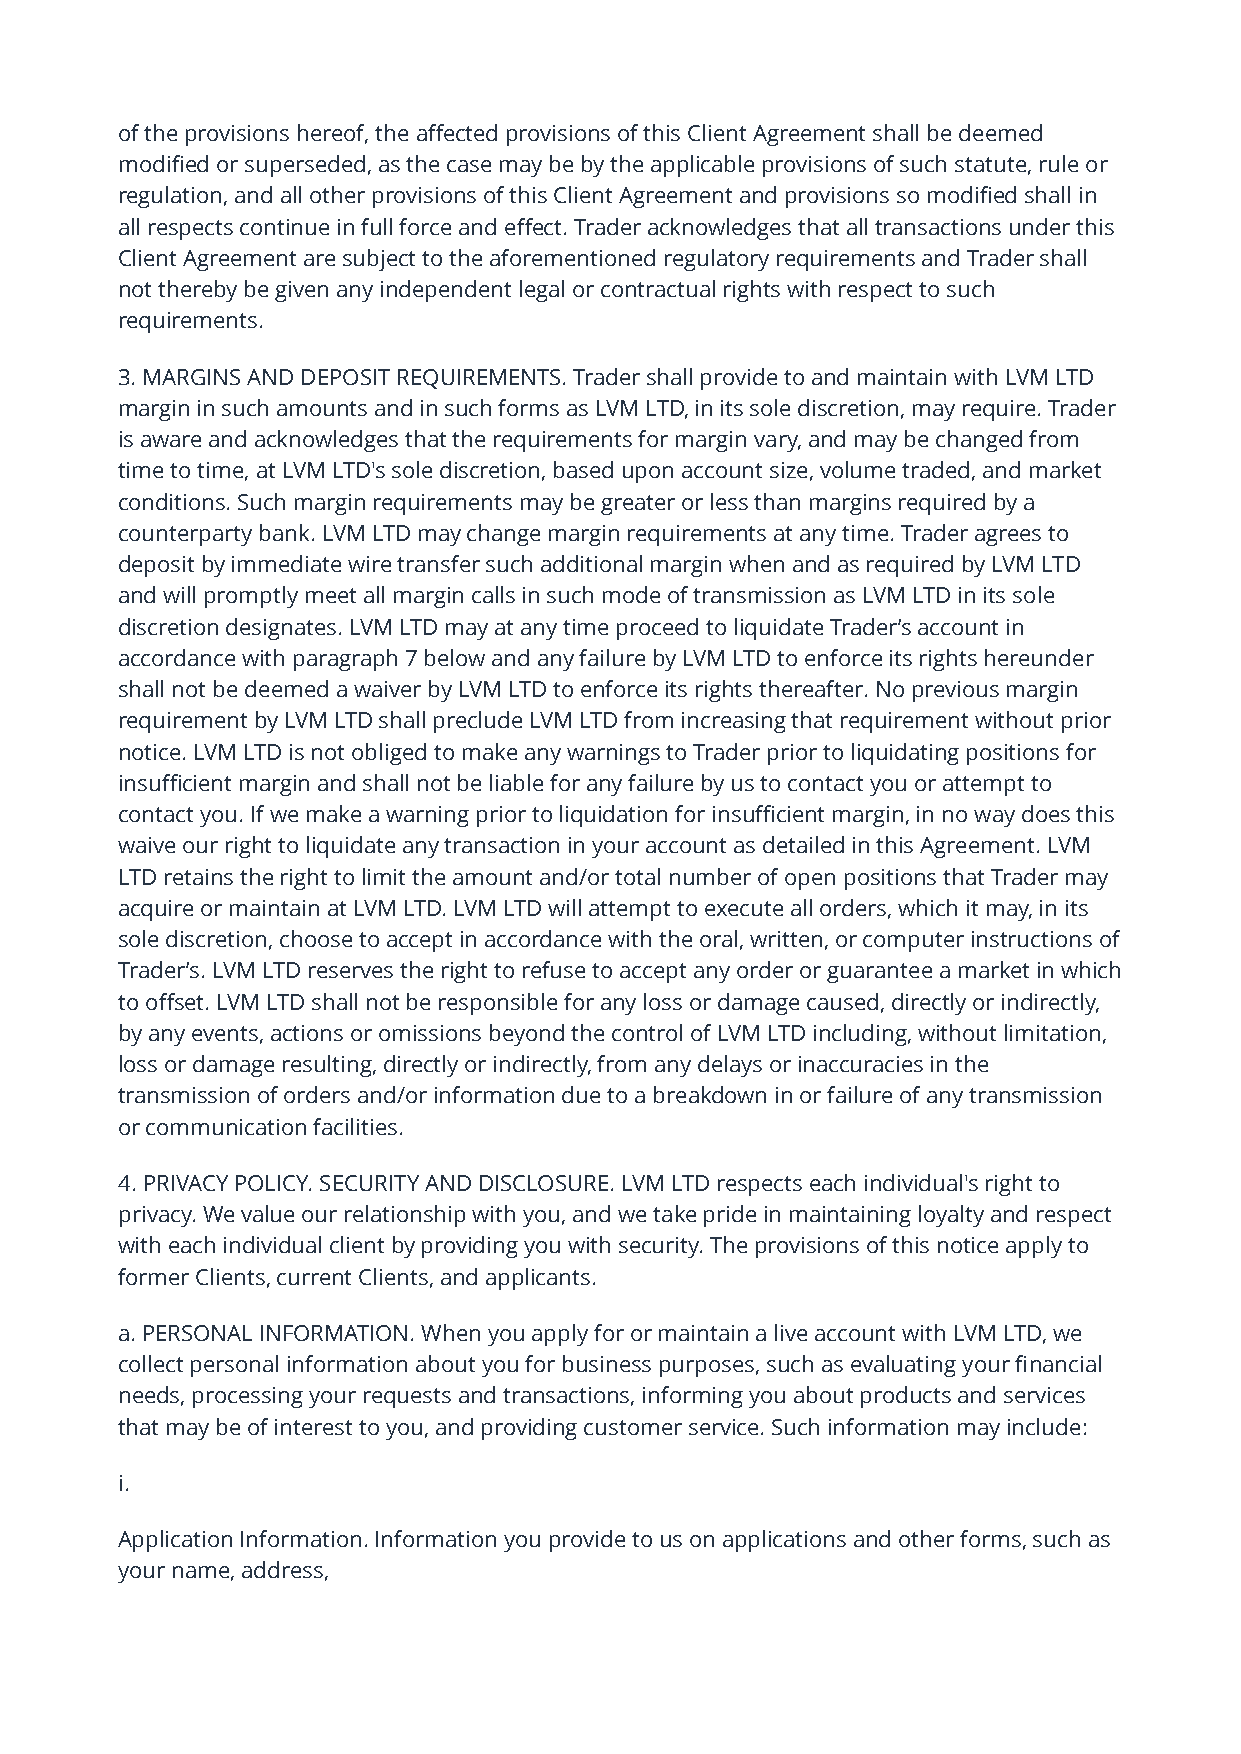
of the provisions hereof, the affected provisions of this Client Agreement shall be deemed
 modified or superseded, as the case may be by the applicable provisions of such statute, rule or
 regulation, and all other provisions of this Client Agreement and provisions so modified shall in
 all respects continue in full force and effect. Trader acknowledges that all transactions under this
 Client Agreement are subject to the aforementioned regulatory requirements and Trader shall
 not thereby be given any independent legal or contractual rights with respect to such
 requirements.
 3. MARGINS AND DEPOSIT REQUIREMENTS. Trader shall provide to and maintain with LVM LTD
 margin in such amounts and in such forms as LVM LTD, in its sole discretion, may require. Trader
 is aware and acknowledges that the requirements for margin vary, and may be changed from
 time to time, at LVM LTD's sole discretion, based upon account size, volume traded, and market
 conditions. Such margin requirements may be greater or less than margins required by a
 counterparty bank. LVM LTD may change margin requirements at any time. Trader agrees to
 deposit by immediate wire transfer such additional margin when and as required by LVM LTD
 and will promptly meet all margin calls in such mode of transmission as LVM LTD in its sole
 discretion designates. LVM LTD may at any time proceed to liquidate Trader’s account in
 accordance with paragraph 7 below and any failure by LVM LTD to enforce its rights hereunder
 shall not be deemed a waiver by LVM LTD to enforce its rights thereafter. No previous margin
 requirement by LVM LTD shall preclude LVM LTD from increasing that requirement without prior
 notice. LVM LTD is not obliged to make any warnings to Trader prior to liquidating positions for
 insufficient margin and shall not be liable for any failure by us to contact you or attempt to
 contact you. If we make a warning prior to liquidation for insufficient margin, in no way does this
 waive our right to liquidate any transaction in your account as detailed in this Agreement. LVM
 LTD retains the right to limit the amount and/or total number of open positions that Trader may
 acquire or maintain at LVM LTD. LVM LTD will attempt to execute all orders, which it may, in its
 sole discretion, choose to accept in accordance with the oral, written, or computer instructions of
 Trader’s. LVM LTD reserves the right to refuse to accept any order or guarantee a market in which
 to offset. LVM LTD shall not be responsible for any loss or damage caused, directly or indirectly,
 by any events, actions or omissions beyond the control of LVM LTD including, without limitation,
 loss or damage resulting, directly or indirectly, from any delays or inaccuracies in the
 transmission of orders and/or information due to a breakdown in or failure of any transmission
 or communication facilities.
 4. PRIVACY POLICY. SECURITY AND DISCLOSURE. LVM LTD respects each individual's right to
 privacy. We value our relationship with you, and we take pride in maintaining loyalty and respect
 with each individual client by providing you with security. The provisions of this notice apply to
 former Clients, current Clients, and applicants.
 a. PERSONAL INFORMATION. When you apply for or maintain a live account with LVM LTD, we
 collect personal information about you for business purposes, such as evaluating your financial
 needs, processing your requests and transactions, informing you about products and services
 that may be of interest to you, and providing customer service. Such information may include:
 i.
 Application Information. Information you provide to us on applications and other forms, such as
 your name, address,